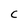
Character: C